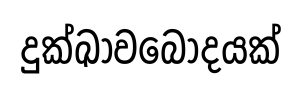
දුක්ඛාවබෝදයක්